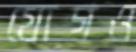
যোগও